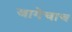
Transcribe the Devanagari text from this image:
जागेचाच